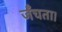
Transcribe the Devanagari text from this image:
जँचता।